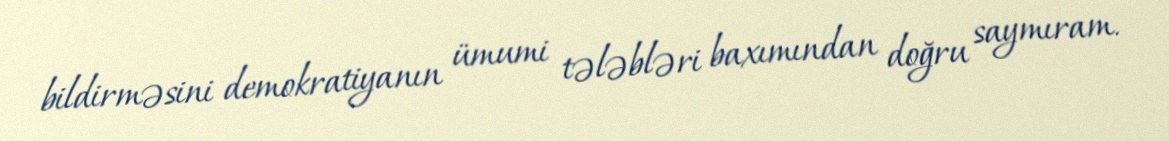
bildirməsini demokratiyanın ümumi tələbləri baxımından doğru saymıram.